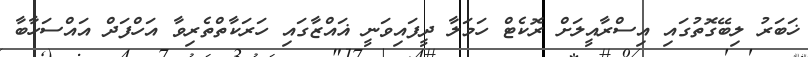
ޚަބަރު ލިބޭގޮތުގައި އިސްރާއީލަށް ރޮކެޓް ހަމަލާ ދީފައިވަނީ ޣައްޒާގައި ހަރަކާތްތެރިވާ އަހްފަދް އައްސަހާބާ